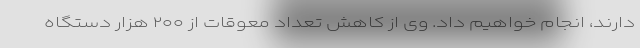
دارند، انجام خواهیم داد. وی از کاهش تعداد معوقات از ۲۰۰ هزار دستگاه